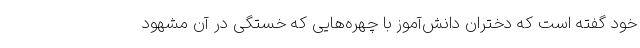
خود گفته است که دختران دانش‌آموز با چهره‌‌هایی که خستگی در آن مشهود